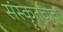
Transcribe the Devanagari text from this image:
संस्कॄतचाच